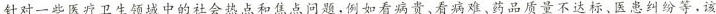
针对一些医疗卫生领域中的社会热点和焦点问题，例如看病贵、看病难、药品质量不达标、医患纠纷等，该